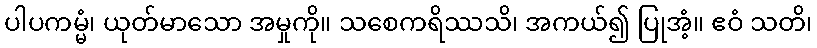
ပါပကမ္မံ၊ ယုတ်မာသော အမှုကို။ သစေကရိဿသိ၊ အကယ်၍ ပြုအံ့။ ဧဝံ သတိ၊